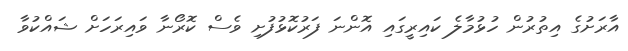
އާރަށުގެ އިތުރުން ހުޅުމާލެ ކައިރީގައި އޮންނަ ފަރުކޮޅުފުށި ވެސް ކޮރޯނާ ވައިރަހަށް ޝައްކުވާ